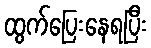
ထွက်ပြေးနေရပြီး